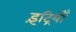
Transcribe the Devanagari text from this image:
इंद्रियोँ